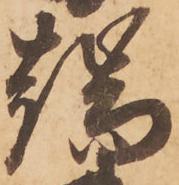
端